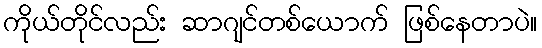
ကိုယ်တိုင်လည်း ဆာဂျင်တစ်ယောက် ဖြစ်နေတာပဲ။